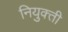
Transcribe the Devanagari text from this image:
नियुक्‍ती